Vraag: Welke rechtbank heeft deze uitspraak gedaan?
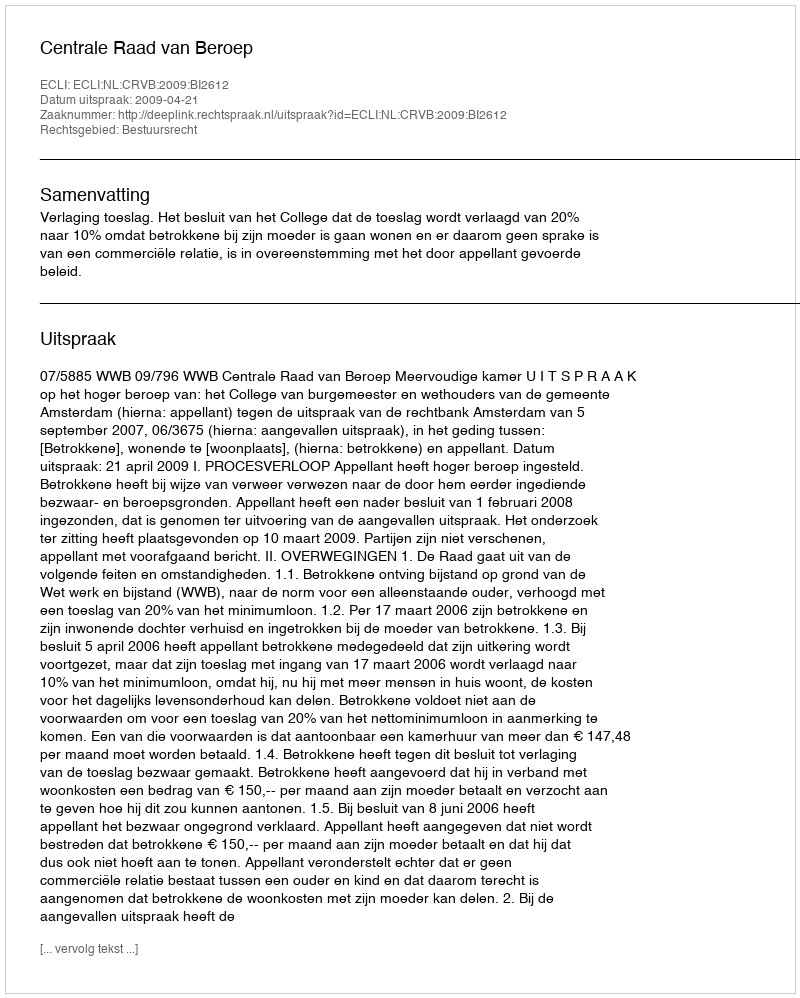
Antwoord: Centrale Raad van Beroep